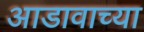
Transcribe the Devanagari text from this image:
आडावाच्या